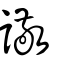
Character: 䜘